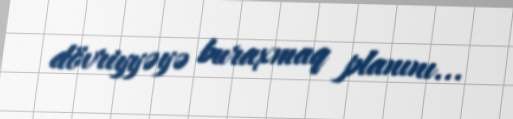
dövriyyəyə buraxmaq planını...